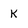
Character: K